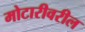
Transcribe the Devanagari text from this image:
मोटारीवरील